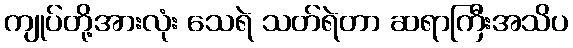
ကျုပ်တို့အားလုံး သေရဲ သတ်ရဲတာ ဆရာကြီးအသိပ